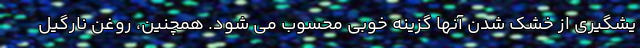
یشگیری از خشک شدن آنها گزینه خوبی محسوب می شود. همچنین، روغن نارگیل